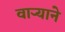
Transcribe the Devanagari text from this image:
वार्‍याने